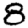
Digit: 8